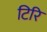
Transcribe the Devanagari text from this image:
टिरि